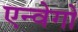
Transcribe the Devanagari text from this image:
एन्वेगो